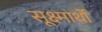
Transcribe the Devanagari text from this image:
सूक्ष्मार्थों